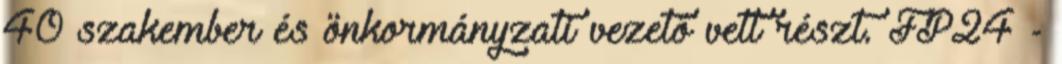
40 szakember és önkormányzati vezető vett részt. FP24 -